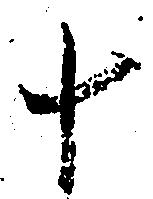
十